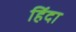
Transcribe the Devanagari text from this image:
हिंदा